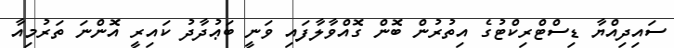
ސައިދިއްޔާ ޑިސްޓްރިކްޓުގެ އިތުރުން ބޮން ގޮއްވާލާފައި ވަނީ ބަޢުދާދު ކައިރީ އޮންނަ ތަރުމިއާ